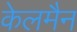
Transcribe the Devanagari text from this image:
केलमैन